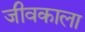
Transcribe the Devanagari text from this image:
जीवकाला